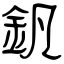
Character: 釩